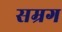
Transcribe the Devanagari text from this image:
सम्रग